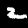
Digit: 2